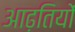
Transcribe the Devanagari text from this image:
आढ़तियों